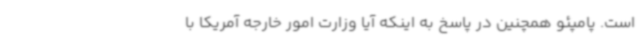
است. پامپئو همچنین در پاسخ به اینکه آیا وزارت امور خارجه آمریکا با